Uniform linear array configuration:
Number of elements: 32
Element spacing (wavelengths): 0.5
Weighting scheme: hann
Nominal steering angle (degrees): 60
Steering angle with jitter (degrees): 60.748
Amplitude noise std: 0.05
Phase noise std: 0.05

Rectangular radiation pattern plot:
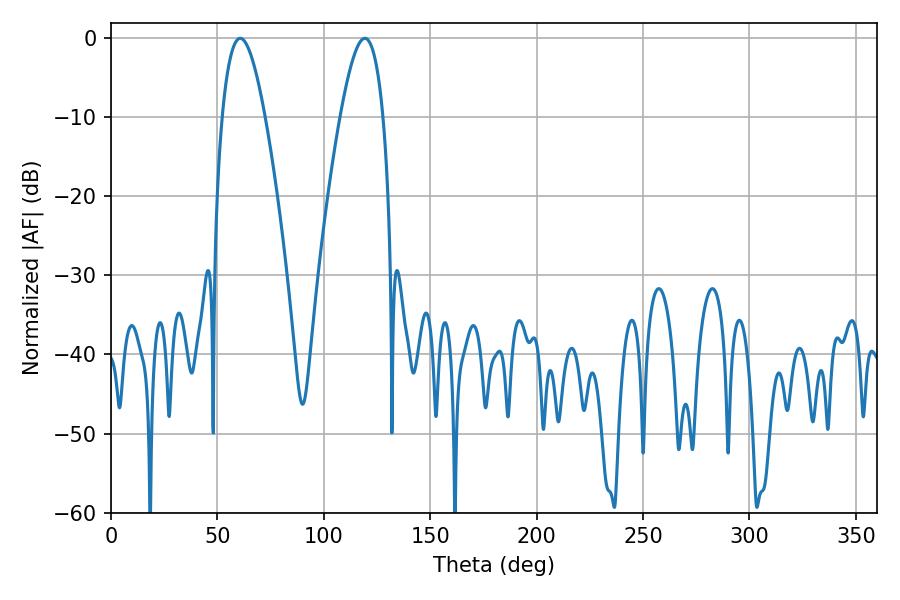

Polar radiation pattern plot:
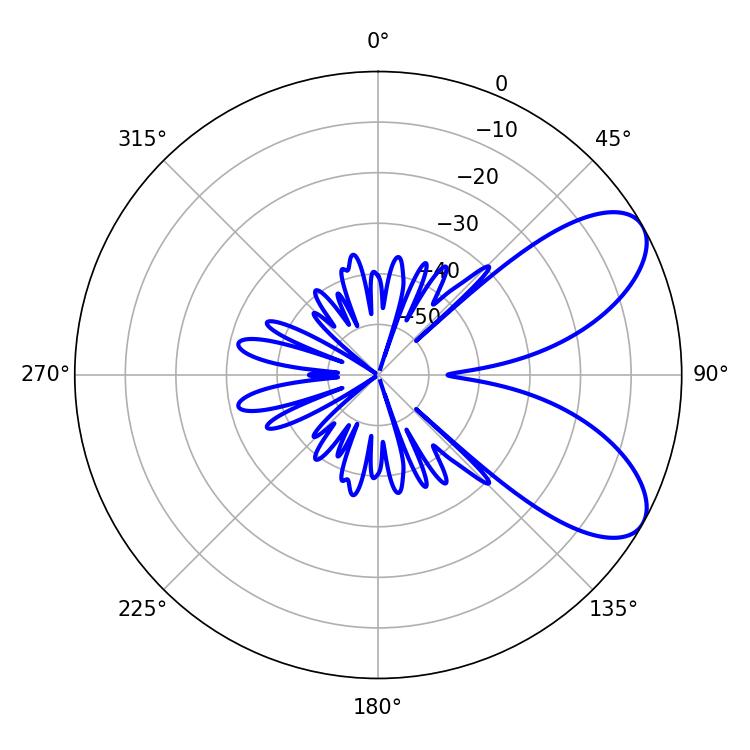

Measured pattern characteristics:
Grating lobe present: FALSE
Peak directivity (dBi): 7.416
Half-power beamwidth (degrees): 10.8
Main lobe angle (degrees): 60.66